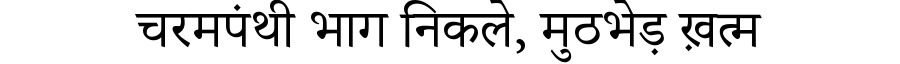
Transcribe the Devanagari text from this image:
चरमपंथी भाग निकले, मुठभेड़ ख़त्म